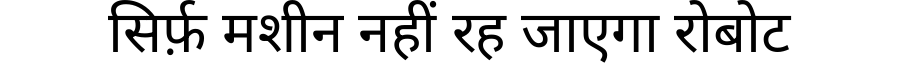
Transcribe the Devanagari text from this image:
सिर्फ़ मशीन नहीं रह जाएगा रोबोट